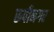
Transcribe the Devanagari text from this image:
रूपीनगर